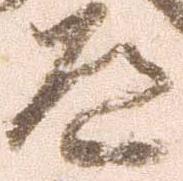
道